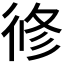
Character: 𢔜